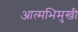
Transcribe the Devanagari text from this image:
आत्मभिमुखी